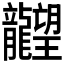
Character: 𪚤